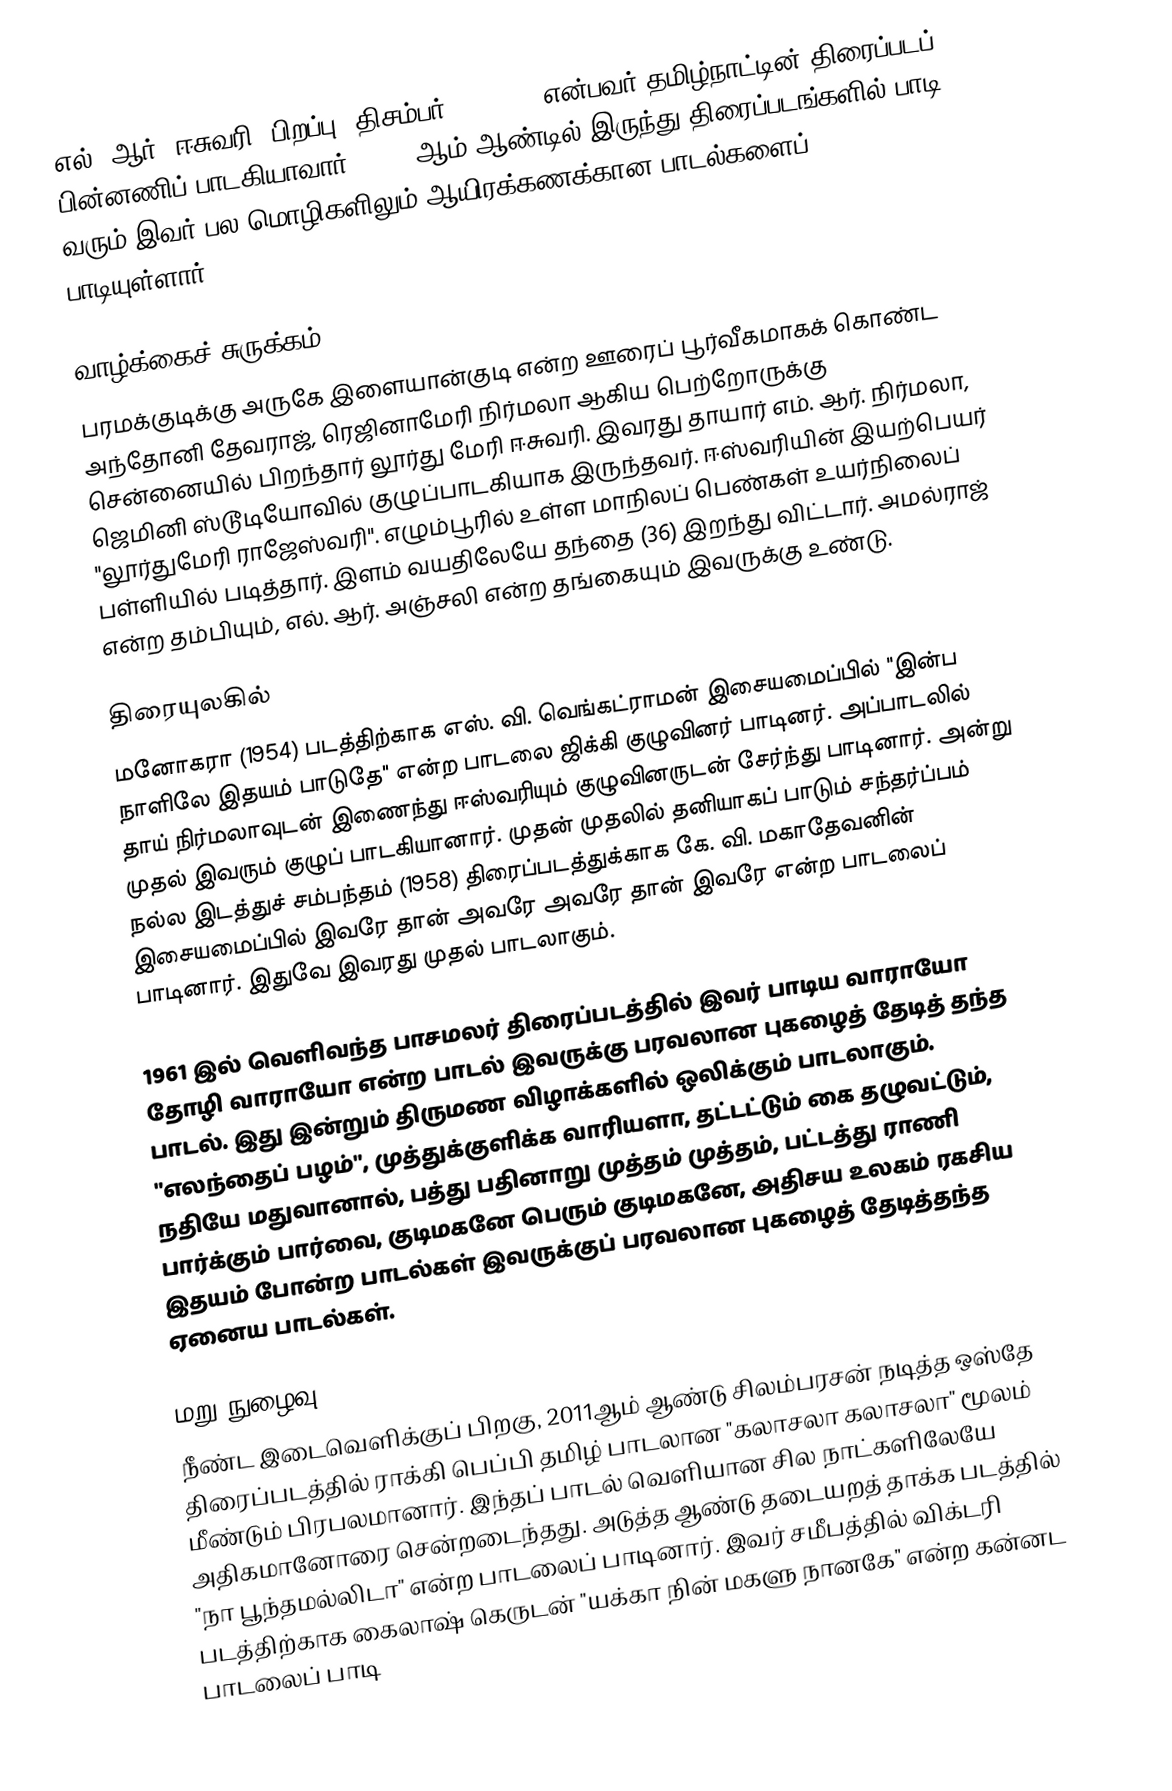
எல். ஆர். ஈசுவரி (பிறப்பு: திசம்பர் 7, 1939) என்பவர் தமிழ்நாட்டின் திரைப்படப் பின்னணிப் பாடகியாவார். 1958 ஆம் ஆண்டில் இருந்து திரைப்படங்களில் பாடி வரும் இவர் பல மொழிகளிலும் ஆயிரக்கணக்கான பாடல்களைப் பாடியுள்ளார்.

வாழ்க்கைச் சுருக்கம்
பரமக்குடிக்கு அருகே இளையான்குடி என்ற ஊரைப் பூர்வீகமாகக் கொண்ட அந்தோனி தேவராஜ், ரெஜினாமேரி நிர்மலா ஆகிய பெற்றோருக்கு சென்னையில் பிறந்தார் லூர்து மேரி ஈசுவரி. இவரது தாயார் எம். ஆர். நிர்மலா, ஜெமினி ஸ்டூடியோவில் குழுப்பாடகியாக இருந்தவர். ஈஸ்வரியின் இயற்பெயர் "லூர்துமேரி ராஜேஸ்வரி". எழும்பூரில் உள்ள மாநிலப் பெண்கள் உயர்நிலைப் பள்ளியில் படித்தார். இளம் வயதிலேயே தந்தை (36) இறந்து விட்டார். அமல்ராஜ் என்ற தம்பியும், எல். ஆர். அஞ்சலி என்ற தங்கையும் இவருக்கு உண்டு.

திரையுலகில்
மனோகரா (1954) படத்திற்காக எஸ். வி. வெங்கட்ராமன் இசையமைப்பில் "இன்ப நாளிலே இதயம் பாடுதே" என்ற பாடலை ஜிக்கி குழுவினர் பாடினர். அப்பாடலில் தாய் நிர்மலாவுடன் இணைந்து ஈஸ்வரியும் குழுவினருடன் சேர்ந்து பாடினார். அன்று முதல் இவரும் குழுப் பாடகியானார். முதன் முதலில் தனியாகப் பாடும் சந்தர்ப்பம் நல்ல இடத்துச் சம்பந்தம் (1958) திரைப்படத்துக்காக கே. வி. மகாதேவனின் இசையமைப்பில் இவரே தான் அவரே அவரே தான் இவரே என்ற பாடலைப் பாடினார். இதுவே இவரது முதல் பாடலாகும்.

1961 இல் வெளிவந்த பாசமலர் திரைப்படத்தில் இவர் பாடிய வாராயோ தோழி வாராயோ என்ற பாடல் இவருக்கு பரவலான புகழைத் தேடித் தந்த பாடல். இது இன்றும் திருமண விழாக்களில் ஒலிக்கும் பாடலாகும். "எலந்தைப் பழம்", முத்துக்குளிக்க வாரியளா, தட்டட்டும் கை தழுவட்டும், நதியே மதுவானால், பத்து பதினாறு முத்தம் முத்தம், பட்டத்து ராணி பார்க்கும் பார்வை, குடிமகனே பெரும் குடிமகனே, அதிசய உலகம் ரகசிய இதயம் போன்ற பாடல்கள் இவருக்குப் பரவலான புகழைத் தேடித்தந்த ஏனைய பாடல்கள்.

மறு நுழைவு
நீண்ட இடைவெளிக்குப் பிறகு, 2011ஆம் ஆண்டு சிலம்பரசன் நடித்த ஒஸ்தே திரைப்படத்தில் ராக்கி பெப்பி தமிழ் பாடலான "கலாசலா கலாசலா" மூலம் மீண்டும் பிரபலமானார். இந்தப் பாடல் வெளியான சில நாட்களிலேயே அதிகமானோரை சென்றடைந்தது. அடுத்த ஆண்டு தடையறத் தாக்க படத்தில் "நா பூந்தமல்லிடா" என்ற பாடலைப் பாடினார். இவர் சமீபத்தில் விக்டரி படத்திற்காக கைலாஷ் கெருடன் "யக்கா நின் மகளு நானகே" என்ற கன்னட பாடலைப் பாடி